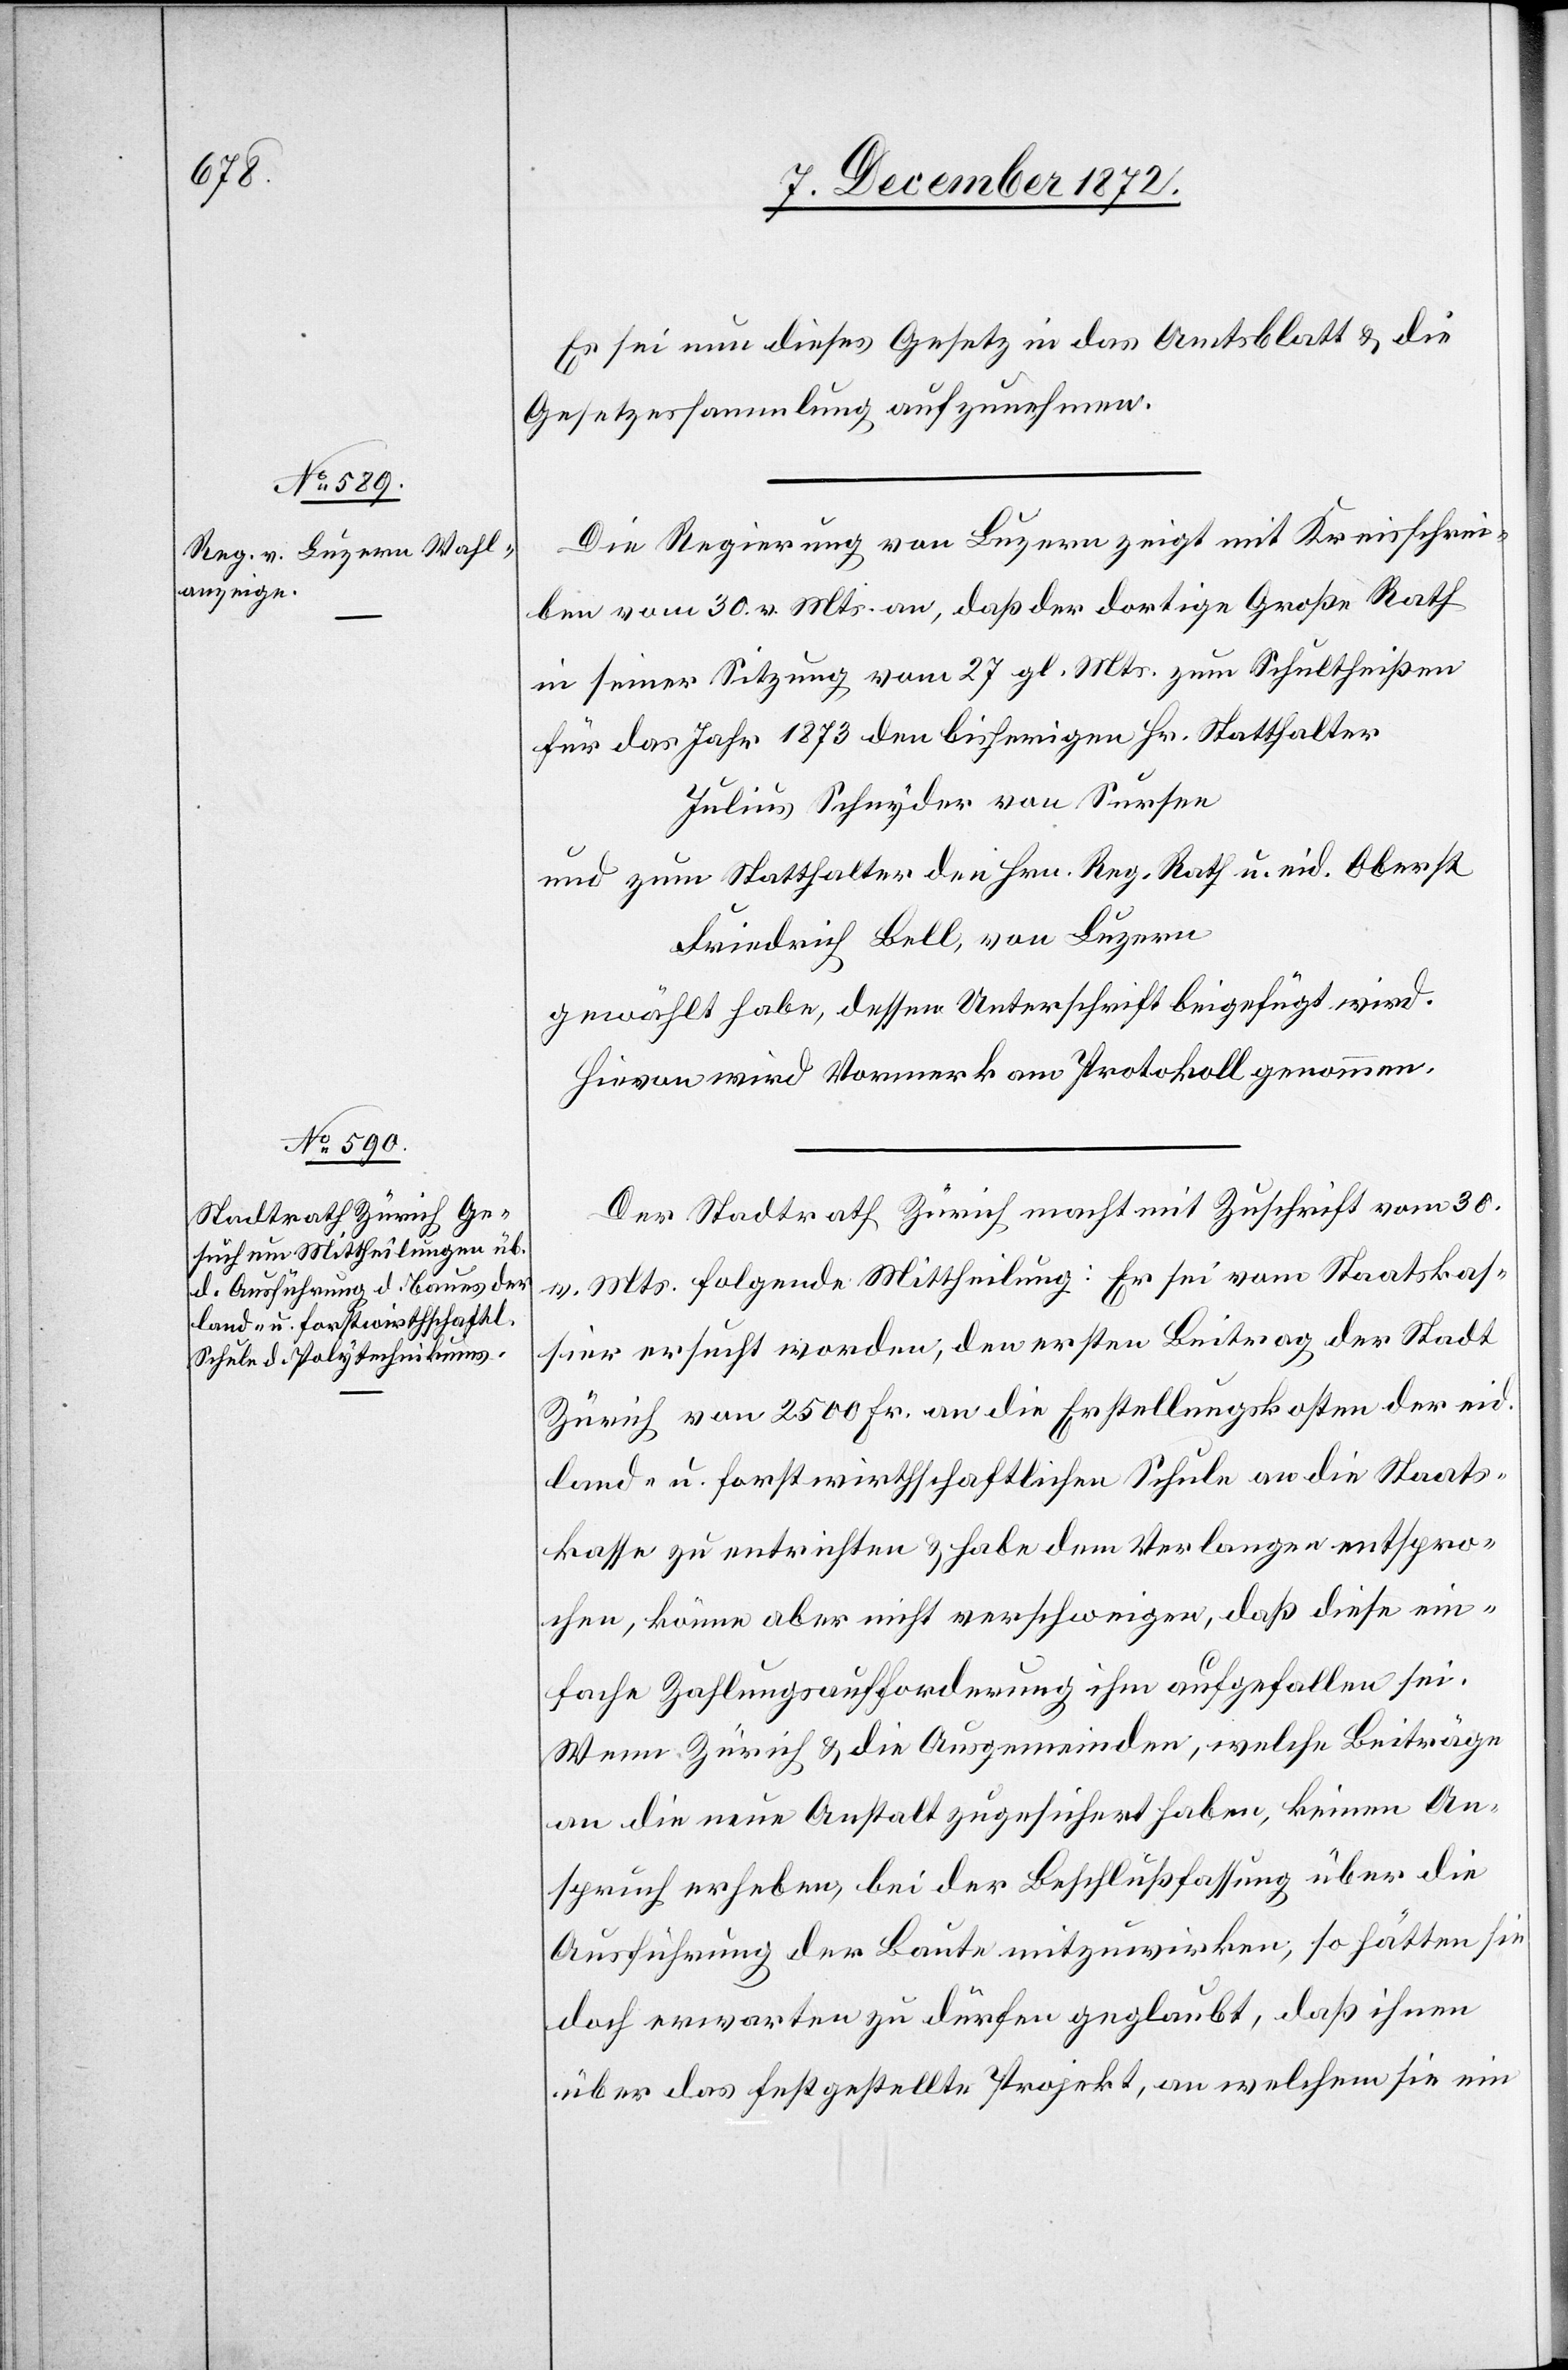
Es sei nun dieses Gesetz in das Amtsblatt u. die
Gesetzessammlung aufzunehmen.
Die Regierung von Luzern zeigt mit Kreisschrei¬
ben vom 30. v. Mts. an, daß der dortige Große Rath
in seiner Sitzung vom 27 gl. Mts. zum Schultheißen
für das Jahr 1873 den bisherigen Hr. Statthalter
Julius Schnyder von Sursen
und zum Statthalter den Hrn. Reg. Rath u. eid Oberst
Friedrich Bell, von Luzern
gewählt habe, dessen Unterschrift beigefügt wird.
Hievon wird Vormerk am Protokoll genommen.
Der Stadtrath Zürich macht mit Zuschrift vom 30.
v. Mts. folgende Mittheilung: Er sei vom Staatskas¬
sier ersucht worden, den ersten Beitrag der Stadt
Zürich von 2500 Fr. an die Erstellungskosten der eid.
land- u. forstwirthschaftlichen Schule an die Staats¬
kasse zu entrichten u. habe dem Verlangen entspro¬
chen, könne aber nicht verschweigen, daß diese ein¬
fache Zahlungsaufforderung ihm aufgefallen sei.
Wenn Zürich u. die Ausgemeinden, welche Beiträge
an die neue Anstalt zugesichert haben, keinen An¬
spruch erheben, bei der Beschlußfassung über die
Ausführung der Baute mitzuwirken, so hätten sie
doch erwarten zu dürfen geglaubt, daß ihnen
über das festgestellte Projekt, an welchem sie ein